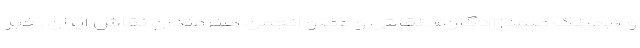
و «بهرنگ صمدزادگان» ـ نقاش و عضو انجمن هنرمندان نقاش ایران ـ خبر